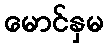
မောင်နှမ